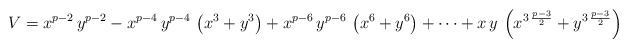
\begin{align*}V = {x^{p-2}}\,{y^{p-2}}- {x^{p-4}}\,{y^{p-4}}\,\left( {x^3} + {y^3} \right) + {x^{p-6}}\,{y^{p-6}}\,\left( {x^6} + {y^6} \right) + \cdots +x\,y\,\left( {x^{3\,{p-3\over2}}} + {y^{3\,{p-3\over2}}} \right)\end{align*}